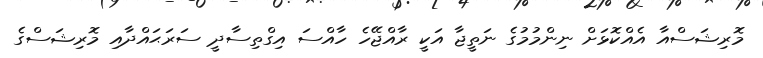
މޮރިޝަސްއާ އެއްކޮޅަށް ނިންމުމުގެ ނަތީޖާ އަކީ ރާއްޖޭހެ ހާއްސަ އިގްތިސާދީ ސަރަޙައްދާއި މޮރިޝަސްގެ